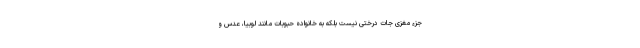
جزء مغزی جات درختی نیست بلکه به خانواده حبوبات مانند لوبیا، عدس و